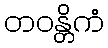
တဝန္တိကံ